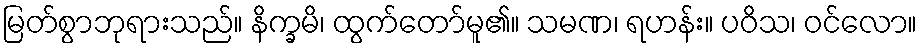
မြတ်စွာဘုရားသည်။ နိက္ခမိ၊ ထွက်တော်မူ၏။ သမဏ၊ ရဟန်း။ ပဝိသ၊ ဝင်လော။